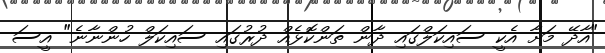
"އާދޭ މަށާ އެކީ ސައިކަލްގައި ދާން ތަންކޮޅެއް ދުރުގައި ސައިކަލް ހުންނާނެ" އީސަ